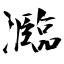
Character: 瀶